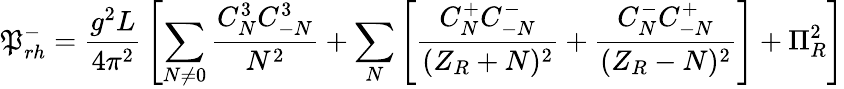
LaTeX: \mathfrak{P}_{rh}^{-}={\frac{{g^{2}L}}{{4\pi^{2}}}}\left[\sum_{N\neq0}{\frac{{C_{N}^{3}C_{-N}^{3}}}{{N^{2}}}}+\sum_{N}\left[{\frac{{C_{N}^{+}C_{-N}^{-}}}{{(Z_{R}+N)^{2}}}}+{\frac{{C_{N}^{-}C_{-N}^{+}}}{{(Z_{R}-N)^{2}}}}\right]+\Pi_{R}^{2}\right]